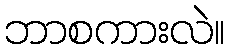
ဘာစကားလဲ။